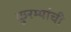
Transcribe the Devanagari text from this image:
कुरम्यांची